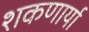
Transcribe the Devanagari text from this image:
शकणार्या